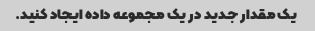
یک مقدار جدید در یک مجموعه داده ایجاد کنید.